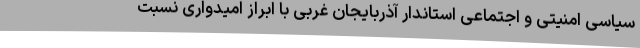
سیاسی امنیتی و اجتماعی استاندار آذربایجان غربی با ابراز امیدواری نسبت